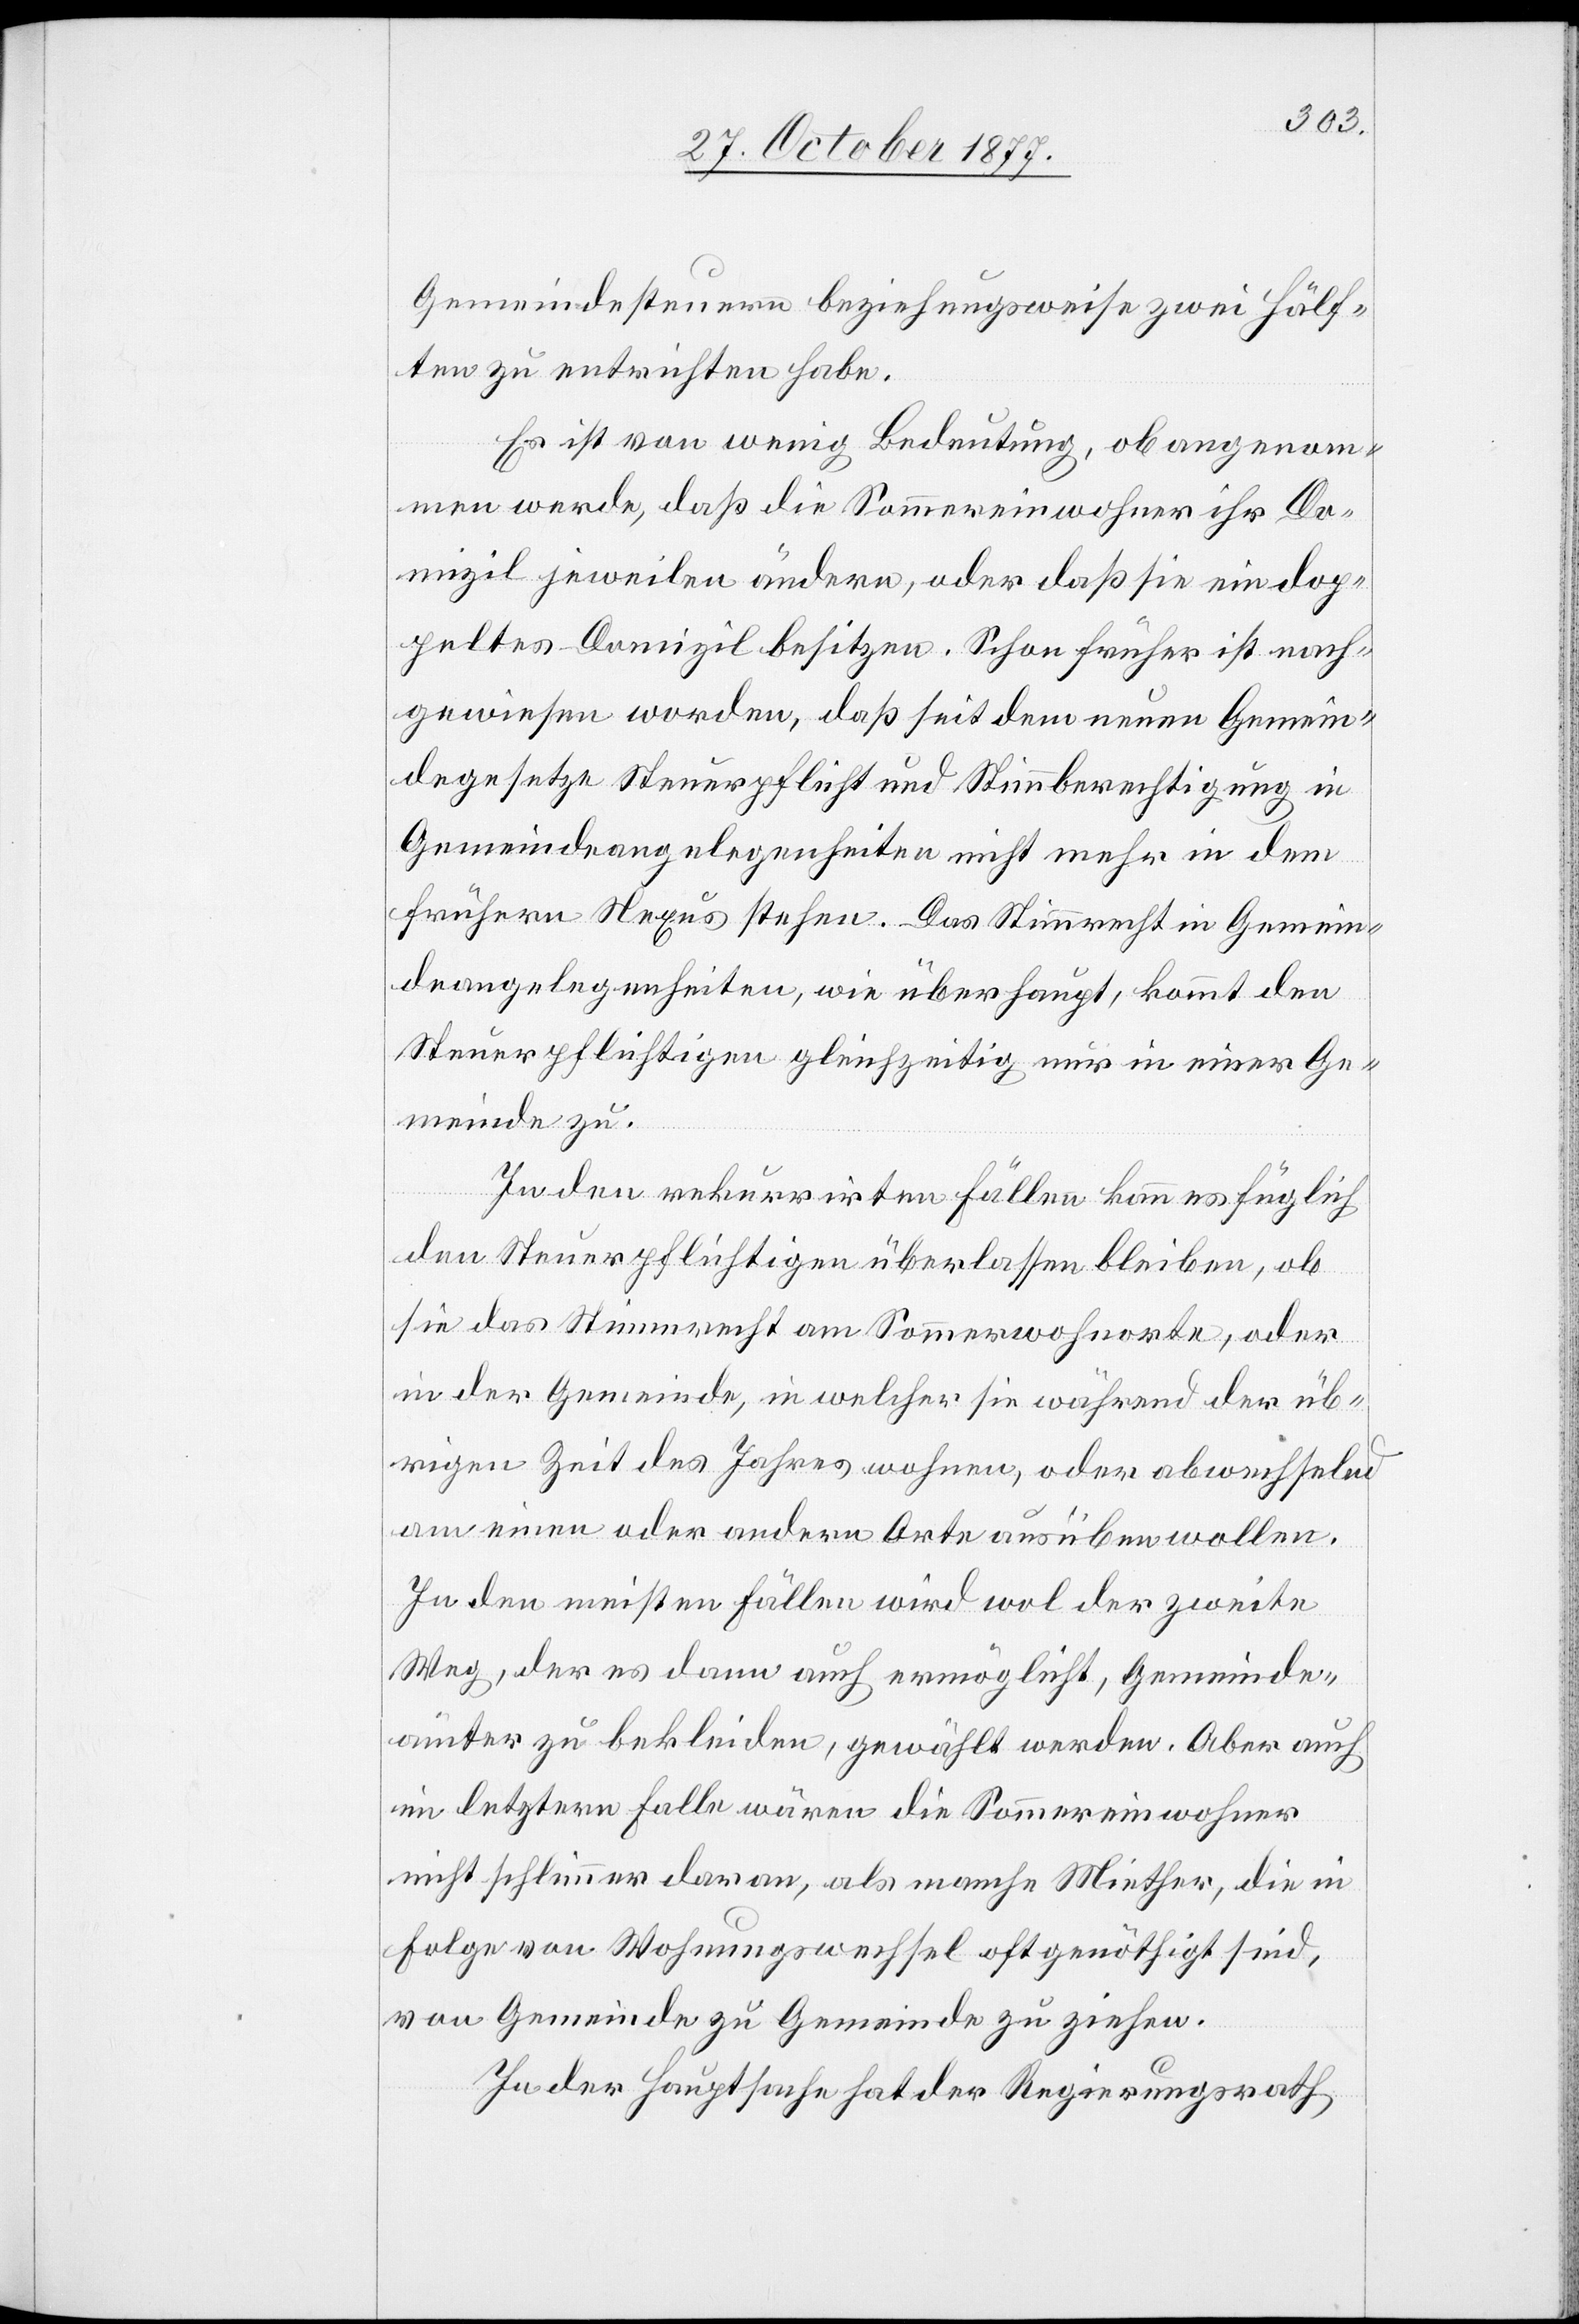
Gemeindesteuern beziehungsweise zwei Hälf¬
ten zu entrichten habe.
Es ist von wenig Bedeutung, ob angenom¬
men werde, daß die Sommereinwohner ihr Do¬
mizil jeweilen ändern, oder daß sie ein dop¬
peltes Domizil besitzen. Schon früher ist nach¬
gewiesen worden, daß seit dem neuen Gemein¬
degesetze Steuerpflicht und Stimmberechtigung in
Gemeindeangelegenheiten nicht mehr in dem
frühern Nexus stehen. Das Stimmrecht in Gemein¬
deangelegenheiten, wie überhaupt, kommt den
Steuerpflichtigen gleichzeitig nur in einer Ge¬
meinde zu.
In den rekurrirten Fällen kann es füglich
den Steuerpflichtigen überlassen bleiben, ob
sie das Stimmrecht am Sommerwohnorte, oder
in der Gemeinde, in welcher sie während der üb¬
rigen Zeit des Jahres wohnen, oder abwechselnd
am einen oder andern Orte ausüben wollen.
In den meisten Fällen wird wol der zweite
Weg, der es dann auch ermöglicht, Gemeinde¬
ämter zu bekleiden, gewählt werden. Aber auch
im letztern Falle wären die Sommereinwohner
nicht schlimmer daran, als manche Miether, die in
Folge von Wohnungswechsel oft genöthigt sind,
von Gemeinde zu Gemeinde zu ziehen.
In der Hauptsache hat der Regierungsrath